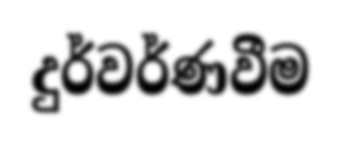
දුර්වර්ණවීම